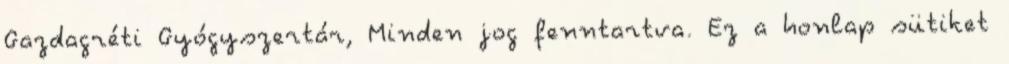
Gazdagréti Gyógyszertár, Minden jog fenntartva. Ez a honlap sütiket